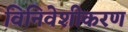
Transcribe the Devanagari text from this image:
विनिवेशीकरण